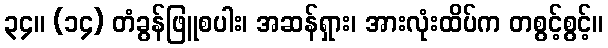
၃၄။ (၁၄) တံခွန်ဖြူစပါး၊ အဆန်ရှား၊ အားလုံးထိပ်က တစွင့်စွင့်။